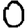
Digit: 0